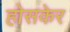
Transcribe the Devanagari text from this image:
होसकेर